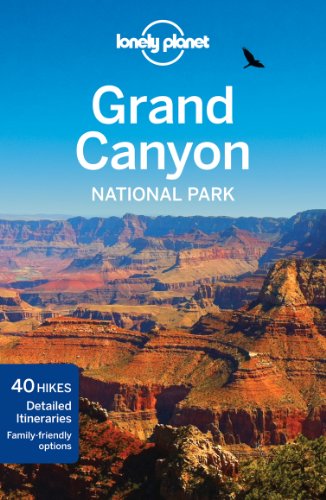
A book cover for Lonely Planet Grand Canyon National Park (Travel Guide); Lonely Planet; Travel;